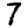
Digit: 7